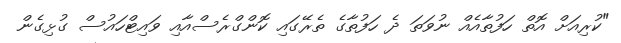
"ކުރިއަށް އޮތް ހަފުތާއެއް ނުވަތަ ދެ ހަފުތާގެ ތެރޭގައި ކޮންގްރެސްއާއި ވައިޓްހައުސް ގުޅިގެން